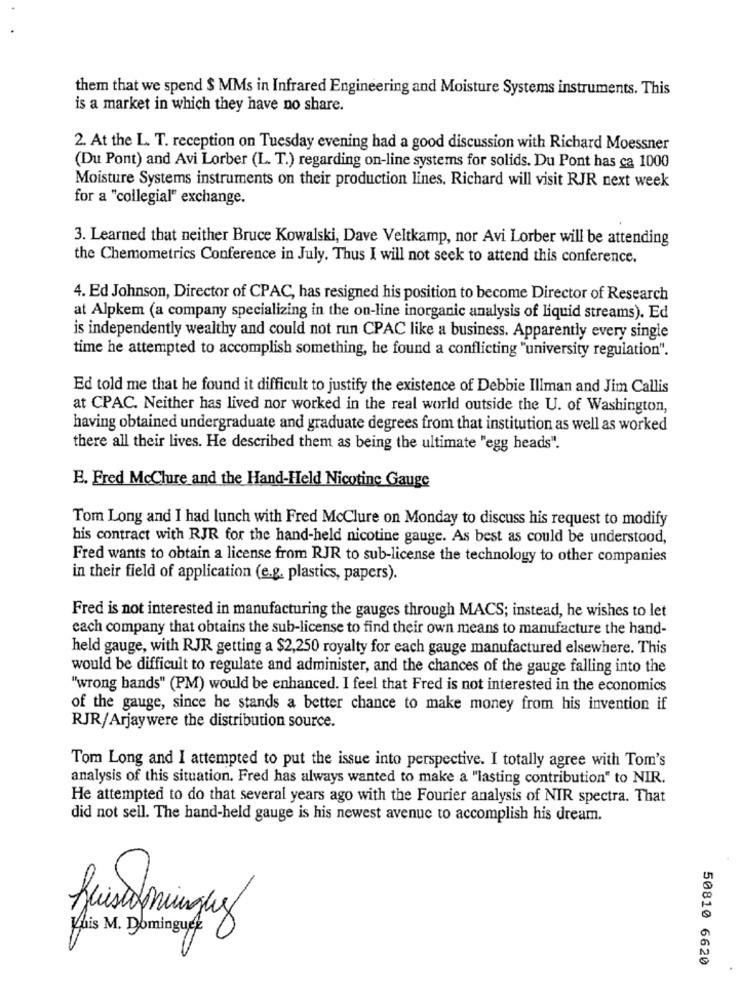
them that we spend $ MMs in Infrared Engineering and Moisture Systems instruments. This
is a market in which they have no share.
2. At the L. T. reception on Tuesday evening had a good discussion with Richard Moessner
(Du Pont) and Avi Lorber (L. T.) regarding on-line systems for solids. Du Pont has ca 1000
Moisture Systems instruments on their production lines. Richard will visit RJR next week
for a "collegial" exchange.
3. Learned that neither Bruce Kowalski, Dave Veltkamp, nor Avi Lorber will be attending
the Chemometrics Conference in July. Thus I will not seek to attend this conference.
4. Ed Johnson, Director of CPAC, has resigned his position to become Director of Research
at Alpkem (a company specializing in the on-line inorganic analysis of liquid streams). Ed
is independently wealthy and could not run CPAC like a business. Apparently every single
time he attempted to accomplish something, he found a conflicting "university regulation".
Ed told me that he found it difficult to justify the existence of Debbie Illman and Jim Callis
at CPAC. Neither has lived nor worked in the real world outside the U. of Washington,
having obtained undergraduate and graduate degrees from that institution as well as worked
there all their lives. He described them as being the ultimate "egg heads".
E. Fred McClure and the Hand-Held Nicotine Gauge
Tom Long and I had lunch with Fred McClure on Monday to discuss his request to modify
his contract with RJR for the hand-held nicotine gauge. As best as could be understood,
Fred wants to obtain a license from RJR to sub-license the technology to other companies
in their field of application (e.g. plastics, papers).
Fred is not interested in manufacturing the gauges through MACS; instead, he wishes to let
each company that obtains the sub-license to find their own means to manufacture the hand-
held gauge, with RJR getting a $2,250 royalty for each gauge manufactured elsewhere. This
would be difficult to regulate and administer, and the chances of the gauge falling into the
"wrong hands" (PM) would be enhanced. I feel that Fred is not interested in the economics
of the gauge, since he stands a better chance to make money from his invention if
RJR/Arjaywere the distribution source.
Tom Long and I attempted to put the issue into perspective. I totally agree with Tom's
analysis of this situation. Fred has always wanted to make a "lasting contribution" to NIR.
He attempted to do that several years ago with the Fourier analysis of NIR spectra. That
did not sell. The hand-held gauge is his newest avenue to accomplish his dream.
This M. Dominguez
50810 6620